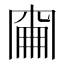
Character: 𠕢